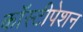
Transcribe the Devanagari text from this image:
कॉस्टीपेशन